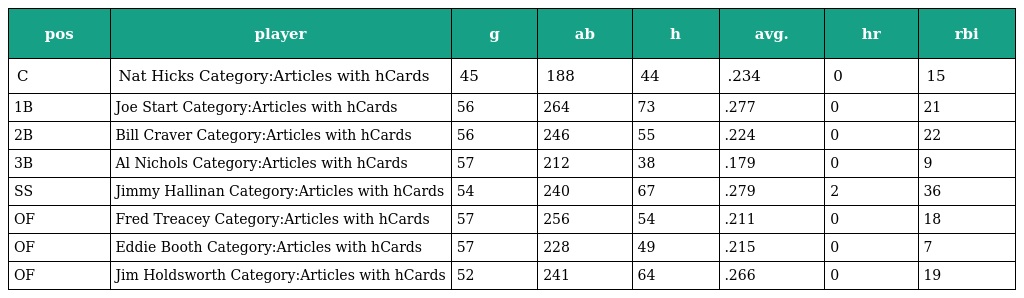
| pos | player | g | ab | h | avg. | hr | rbi |
 | --- | --- | --- | --- | --- | --- | --- | --- |
 | C | Nat Hicks Category:Articles with hCards | 45 | 188 | 44 | .234 | 0 | 15 |
 | 1B | Joe Start Category:Articles with hCards | 56 | 264 | 73 | .277 | 0 | 21 |
 | 2B | Bill Craver Category:Articles with hCards | 56 | 246 | 55 | .224 | 0 | 22 |
 | 3B | Al Nichols Category:Articles with hCards | 57 | 212 | 38 | .179 | 0 | 9 |
 | SS | Jimmy Hallinan Category:Articles with hCards | 54 | 240 | 67 | .279 | 2 | 36 |
 | OF | Fred Treacey Category:Articles with hCards | 57 | 256 | 54 | .211 | 0 | 18 |
 | OF | Eddie Booth Category:Articles with hCards | 57 | 228 | 49 | .215 | 0 | 7 |
 | OF | Jim Holdsworth Category:Articles with hCards | 52 | 241 | 64 | .266 | 0 | 19 |